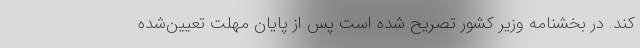
کند. در بخشنامه وزیر کشور تصریح شده است پس از پایان مهلت تعیین‌شده